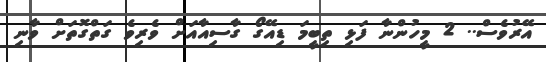
އޭރުވެސް.. 2 މީހުންނާ ފަޅި ތިބީމަ ޑިއޭގޯ ގާސިއާއަށް ވެރިވެ ގަތްގޮތަށް ވާނި